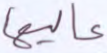
عاليها